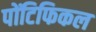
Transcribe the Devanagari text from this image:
पोंटिफिकल